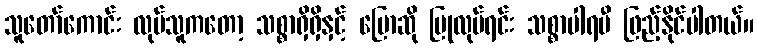
သူတော်ကောင်း လုပ်သူကတော့ သစ္စာရှိရှိနှင့် ပြောဆို ပြုလုပ်ရင်း သစ္စာပါရမီ ဖြည့်နိုင်ပါတယ်။